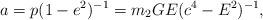
LaTeX: \begin{align*}a = p(1 - e^{2})^{- 1} = m_{2}GE(c^{4} - E^{2})^{- 1},\end{align*}